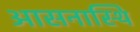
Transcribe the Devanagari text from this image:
आसनास्थि